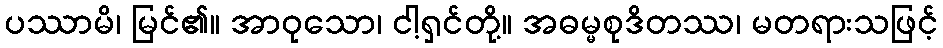
ပဿာမိ၊ မြင်၏။ အာဝုသော၊ ငါ့ရှင်တို့။ အဓမ္မစုဒိတဿ၊ မတရားသဖြင့်